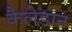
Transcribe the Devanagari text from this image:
कैलेडान